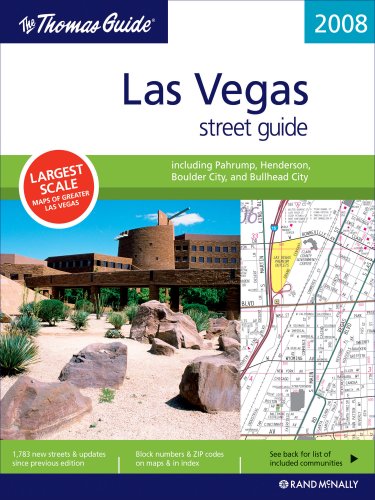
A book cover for The Thomas Guide 2008 Las Vegas Street Guide (Las Vegas and Clark County Street Guide and Directory); Rand Mcnally; Travel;